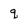
Character: q